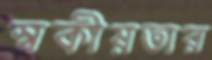
স্বকীয়তার